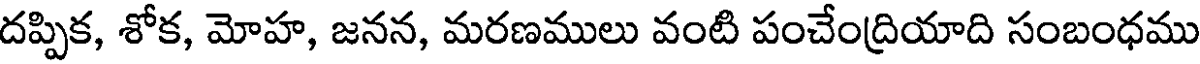
దప్పిక, శోక, మోహ, జనన, మరణములు వంటి పంచేంద్రియాది సంబంధము